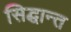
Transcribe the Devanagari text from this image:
सिद्घान्त